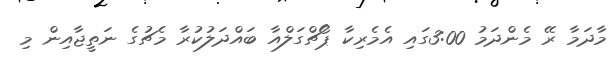
މާދަމާ ރޭ މެންދަމު 3:00ގައި އެމެރިކާ ޕޯޗްގަލްއާ ބައްދަލުކުރާ މެޗުގެ ނަތީޖާއިން މި